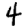
Digit: 4